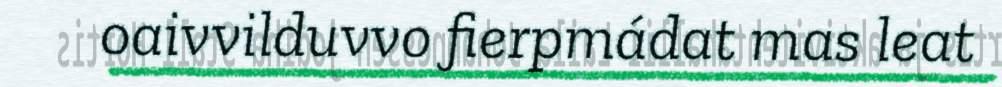
oaivvilduvvo fierpmádat mas leat